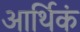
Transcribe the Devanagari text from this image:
आर्थिकं